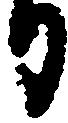
日